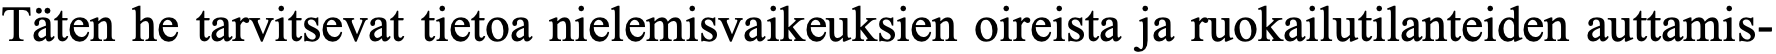
Täten he tarvitsevat tietoa nielemisvaikeuksien oireista ja ruokailutilanteiden auttamis-